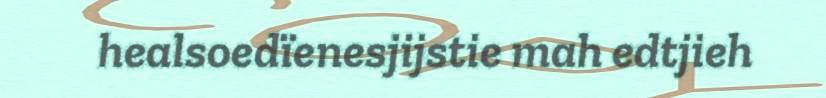
healsoedïenesjijstie mah edtjieh